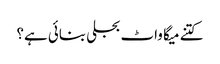
کتنے میگا واٹ بجلی بنائی ہے؟